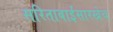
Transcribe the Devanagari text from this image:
सरिताबाईंसारखेच